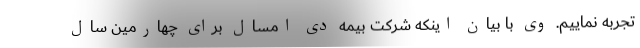
تجربه نماییم. وی با بیان اینکه شرکت بیمه دی امسال برای چهارمین سال